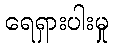
ရေရှားပါးမှု